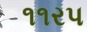
૧૧રપ